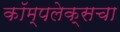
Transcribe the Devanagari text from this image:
कॉम्पलेक्सचा